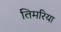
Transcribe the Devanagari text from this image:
तिमरिया